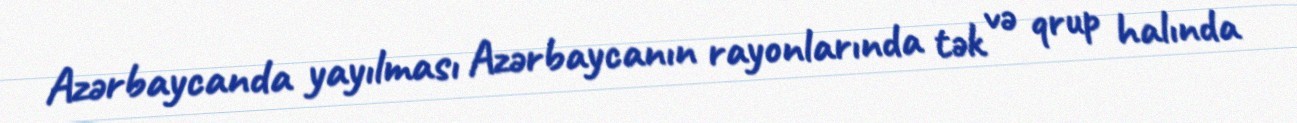
Azərbaycanda yayılması Azərbaycanın rayonlarında tək və qrup halında